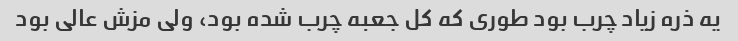
یه ذره زیاد چرب بود طوری که کل جعبه چرب شده بود، ولی مزش عالی بود